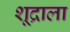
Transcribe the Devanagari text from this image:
शूद्राला